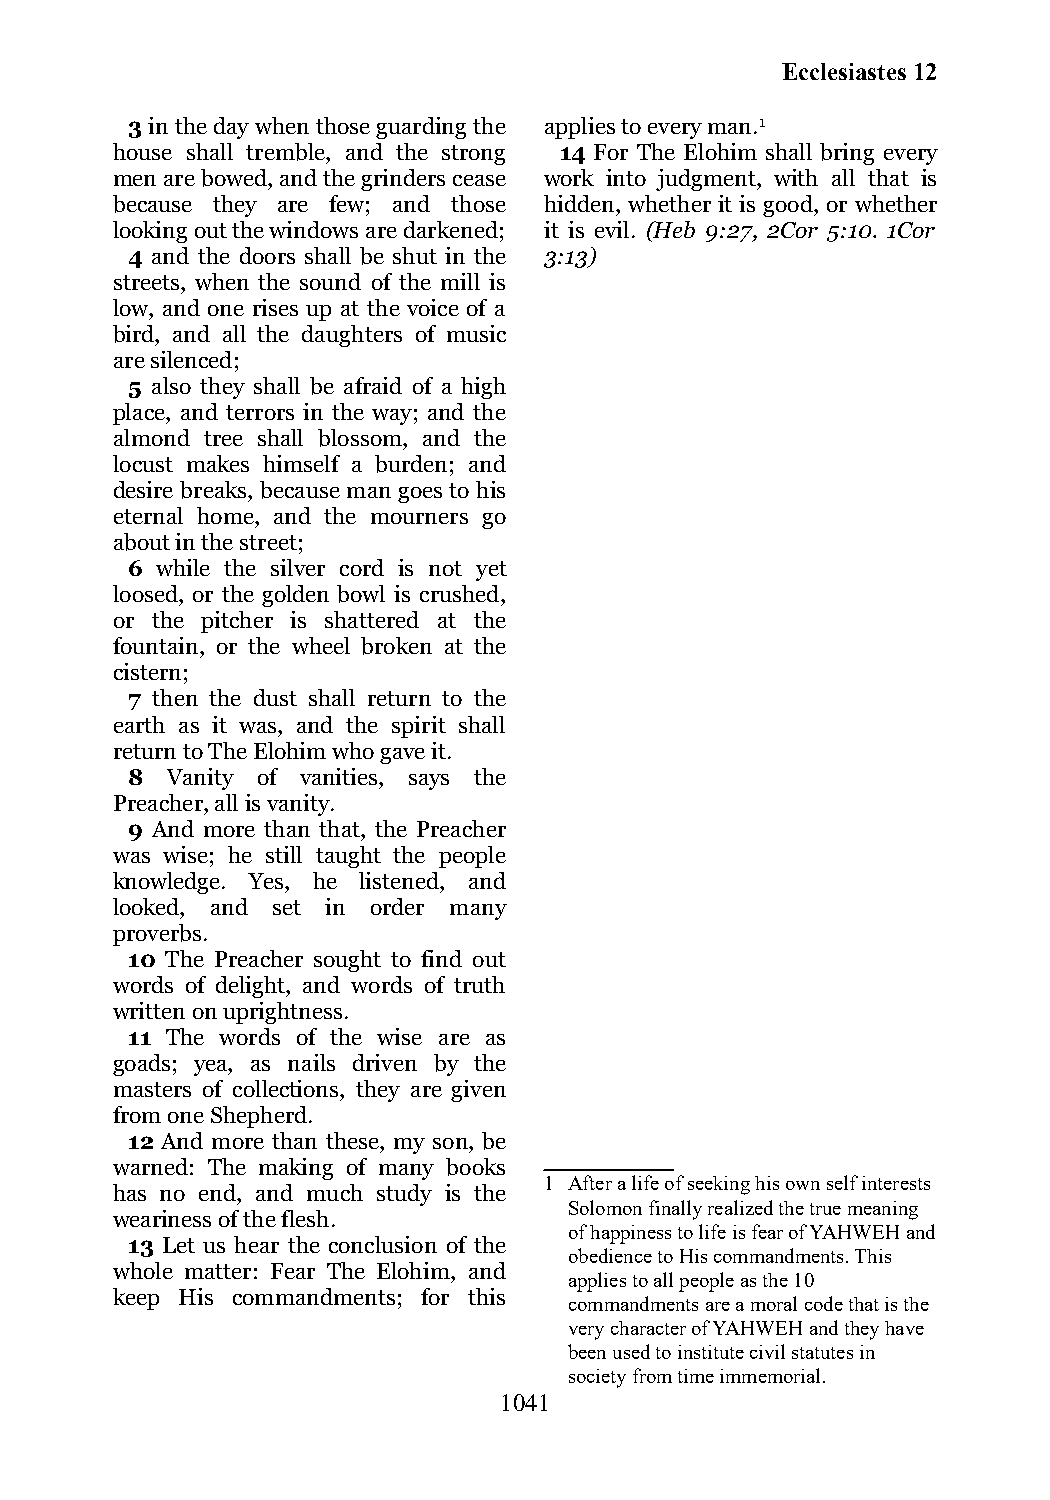
Ecclesiastes 12
 3 in the day when those guarding the applies to every man.1
 house shall tremble, and the strong 14 For The Elohim shall bring every
 men are bowed, and the grinders cease work into judgment, with all that is
 because they are few; and those hidden, whether it is good, or whether
 looking out the windows are darkened; it is evil. (Heb 9:27, 2Cor 5:10. 1Cor
 4 and the doors shall be shut in the 3:13)
 streets, when the sound of the mill is
 low, and one rises up at the voice of a
 bird, and all the daughters of music
 are silenced;
 5 also they shall be afraid of a high
 place, and terrors in the way; and the
 almond tree shall blossom, and the
 locust makes himself a burden; and
 desire breaks, because man goes to his
 eternal home, and the mourners go
 about in the street;
 6 while the silver cord is not yet
 loosed, or the golden bowl is crushed,
 or the pitcher is shattered at the
 fountain, or the wheel broken at the
 cistern;
 7 then the dust shall return to the
 earth as it was, and the spirit shall
 return to The Elohim who gave it.
 8  Vanity of vanities, says the
 Preacher, all is vanity.
 9 And more than that, the Preacher
 was wise; he still taught the people
 knowledge. Yes, he listened, and
 looked, and set in order many
 proverbs.
 10 The Preacher sought to find out
 words of delight, and words of truth
 written on uprightness.
 11 The words of the wise are as
 goads; yea, as nails driven by the
 masters of collections, they are given
 from one Shepherd.
 12 And more than these, my son, be
 warned: The making of many books
 1 After a life of seeking his own self interests
 has no end, and much study is the
 Solomon finally realized the true meaning
 weariness of the flesh.
 of happiness to life is fear of YAHWEH and
 13 Let us hear the conclusion of the
 obedience to His commandments. This
 whole matter: Fear The Elohim, and
 applies to all people as the 10
 keep His commandments; for this
 commandments are a moral code that is the
 very character of YAHWEH and they have
 been used to institute civil statutes in
 society from time immemorial.
 1041